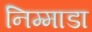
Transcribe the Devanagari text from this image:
निम्माडा